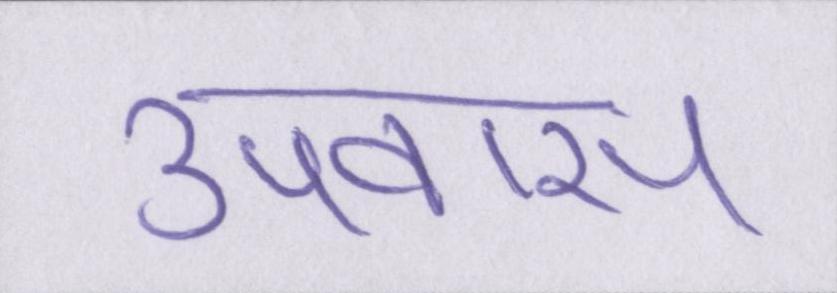
उपवास